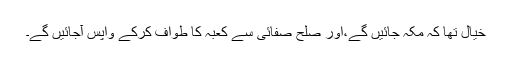
خیال تھا کہ مکہ جائیں گے،اور صلح صفائی سے کعبہ کا طواف کرکے واپس آجائیں گے۔